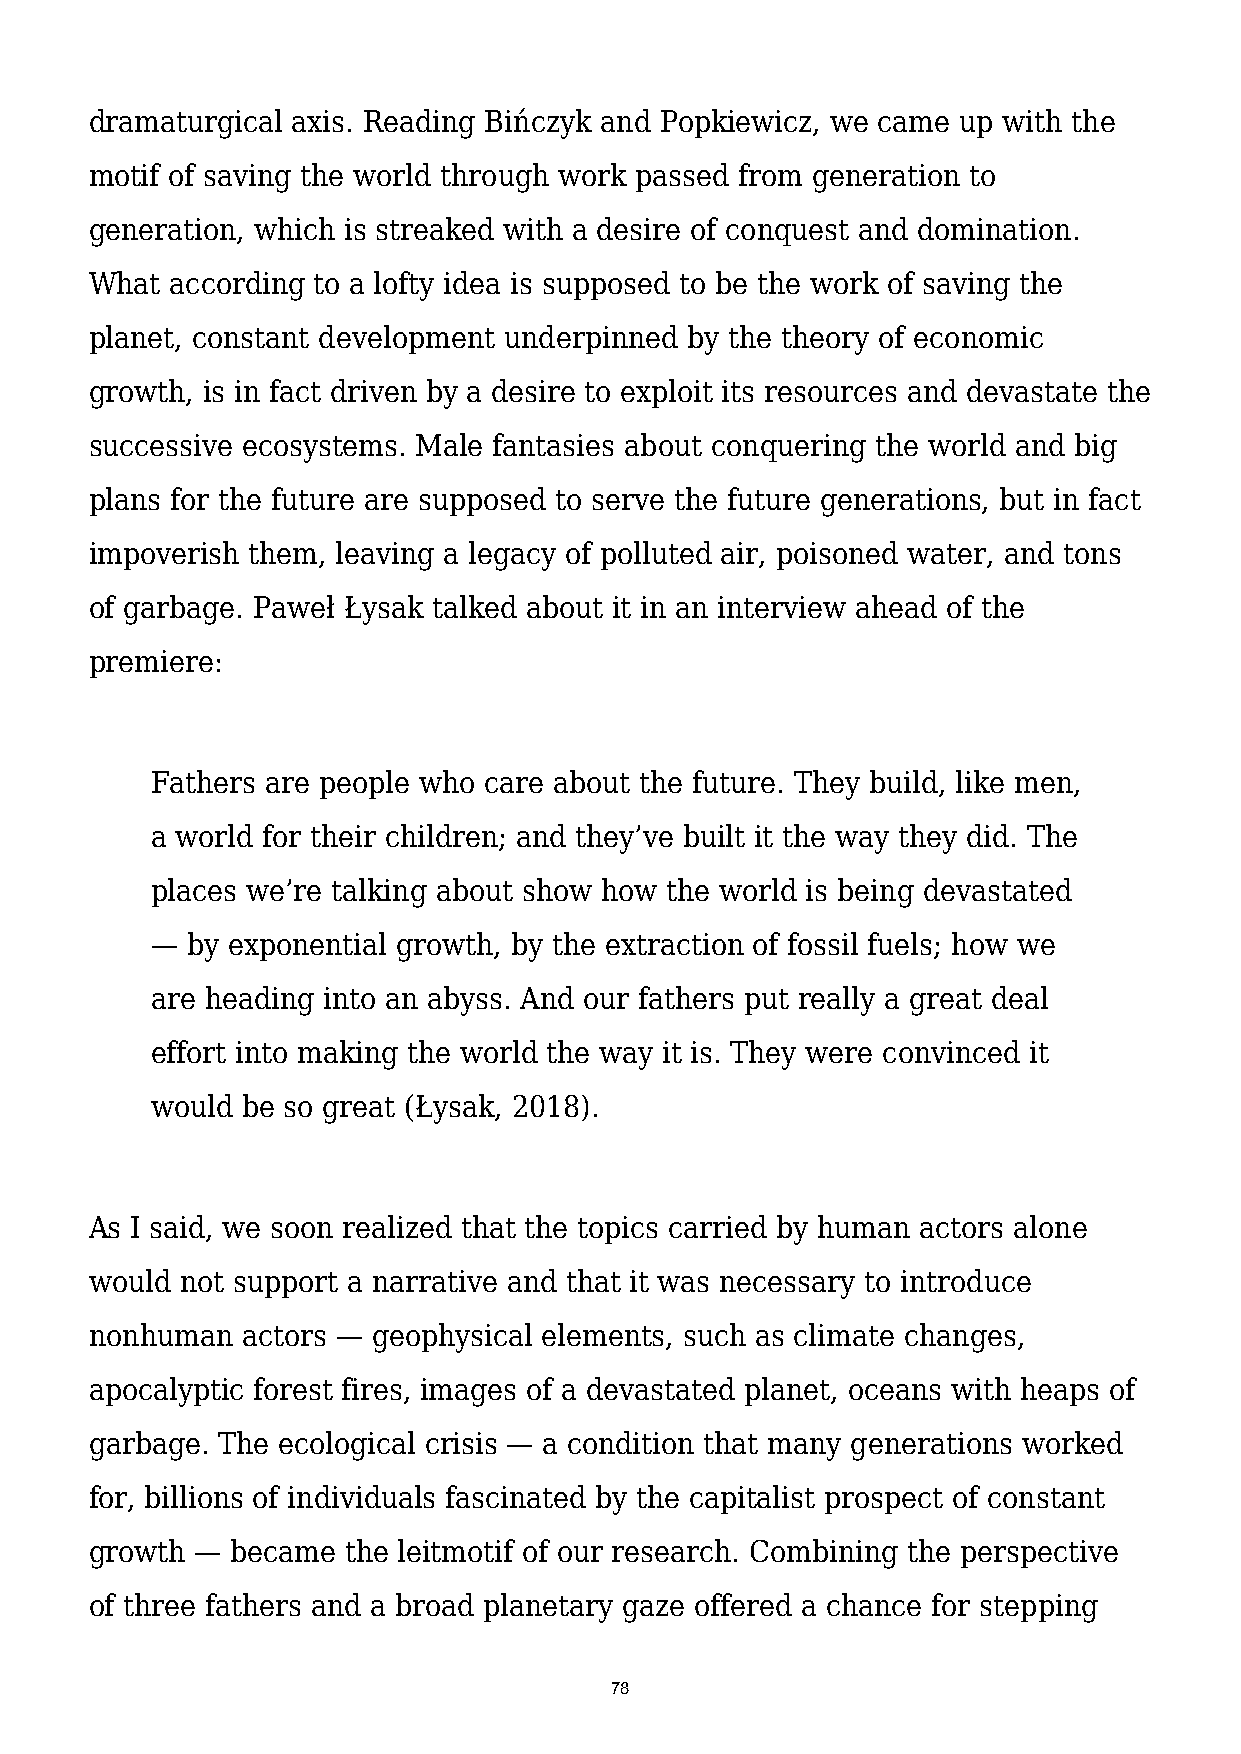
dramaturgical axis. Reading Bińczyk and Popkiewicz, we came up with the
 motif of saving the world through work passed from generation to
 generation, which is streaked with a desire of conquest and domination.
 What according to a lofty idea is supposed to be the work of saving the
 planet, constant development underpinned by the theory of economic
 growth, is in fact driven by a desire to exploit its resources and devastate the
 successive ecosystems. Male fantasies about conquering the world and big
 plans for the future are supposed to serve the future generations, but in fact
 impoverish them, leaving a legacy of polluted air, poisoned water, and tons
 of garbage. Paweł Łysak talked about it in an interview ahead of the
 premiere:
 Fathers are people who care about the future. They build, like men,
 a world for their children; and they’ve built it the way they did. The
 places we’re talking about show how the world is being devastated
 — by exponential growth, by the extraction of fossil fuels; how we
 are heading into an abyss. And our fathers put really a great deal
 effort into making the world the way it is. They were convinced it
 would be so great (Łysak, 2018).
 As I said, we soon realized that the topics carried by human actors alone
 would not support a narrative and that it was necessary to introduce
 nonhuman  actors — geophysical elements, such as climate changes,
 apocalyptic forest fires, images of a devastated planet, oceans with heaps of
 garbage. The ecological crisis — a condition that many generations worked
 for, billions of individuals fascinated by the capitalist prospect of constant
 growth — became  the leitmotif of our research. Combining the perspective
 of three fathers and a broad planetary gaze offered a chance for stepping
 78